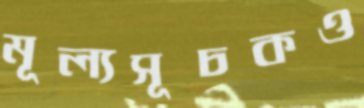
মূল্যসূচকও